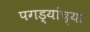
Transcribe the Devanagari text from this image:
पगड्यांच्या